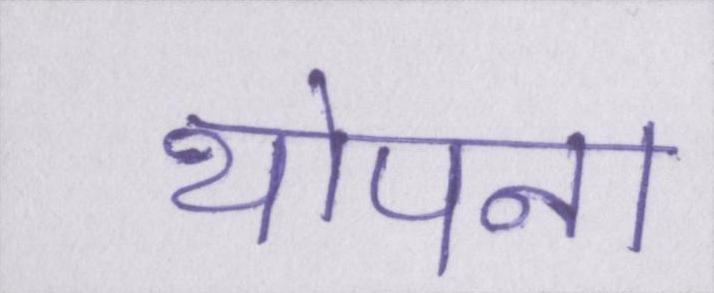
थोपना